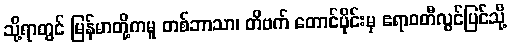
သို့ရာတွင် မြန်မာတို့ကမူ တစ်ဘာသာ၊ တိဗက် တောင်ပိုင်းမှ ဧရာဝတီလွင်ပြင်သို့